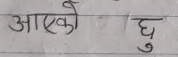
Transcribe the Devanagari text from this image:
आएको छु